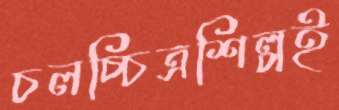
চলচ্চিত্রশিল্পই